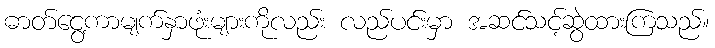
ဓာတ်ငွေ့ကာမျက်နှာဖုံးများကိုလည်း လည်ပင်းမှာ အဆင်သင့်ဆွဲထားကြသည်။